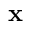
\mathbf x